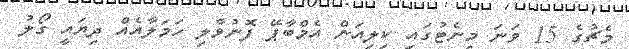
މެޗުގެ 15 ވަނަ މިނެޓުގައި ކިލިއަން އެމްބާޕޭ ފޮނުވާލި ހަމަލާއެއް ދިޔައީ ގޯލު